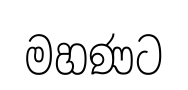
මහණට